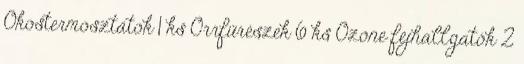
Okostermosztátok 1 ks Orrfűrészek 6 ks Ozone fejhallgatók 2